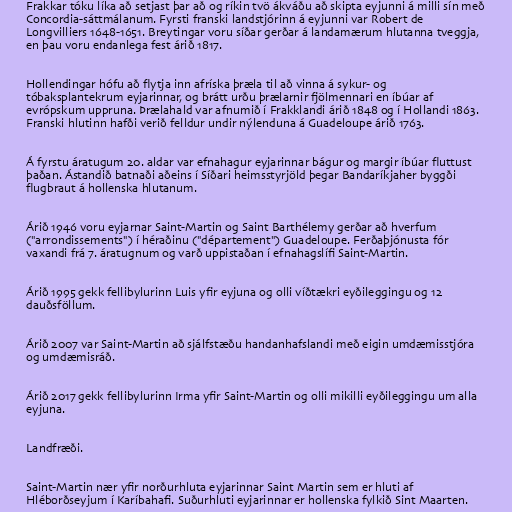
Frakkar tóku líka að setjast þar að og ríkin tvö ákváðu að skipta eyjunni á milli sín með
Concordia-sáttmálanum. Fyrsti franski landstjórinn á eyjunni var Robert de
Longvilliers 1648-1651. Breytingar voru síðar gerðar á landamærum hlutanna tveggja,
en þau voru endanlega fest árið 1817.

Hollendingar hófu að flytja inn afríska þræla til að vinna á sykur- og
tóbaksplantekrum eyjarinnar, og brátt urðu þrælarnir fjölmennari en íbúar af
evrópskum uppruna. Þrælahald var afnumið í Frakklandi árið 1848 og í Hollandi 1863.
Franski hlutinn hafði verið felldur undir nýlenduna á Guadeloupe árið 1763.

Á fyrstu áratugum 20. aldar var efnahagur eyjarinnar bágur og margir íbúar fluttust
þaðan. Ástandið batnaði aðeins í Síðari heimsstyrjöld þegar Bandaríkjaher byggði
flugbraut á hollenska hlutanum.

Árið 1946 voru eyjarnar Saint-Martin og Saint Barthélemy gerðar að hverfum
("arrondissements") í héraðinu ("département") Guadeloupe. Ferðaþjónusta fór
vaxandi frá 7. áratugnum og varð uppistaðan í efnahagslífi Saint-Martin.

Árið 1995 gekk fellibylurinn Luis yfir eyjuna og olli víðtækri eyðileggingu og 12
dauðsföllum.

Árið 2007 var Saint-Martin að sjálfstæðu handanhafslandi með eigin umdæmisstjóra
og umdæmisráð.

Árið 2017 gekk fellibylurinn Irma yfir Saint-Martin og olli mikilli eyðileggingu um alla
eyjuna.

Landfræði.

Saint-Martin nær yfir norðurhluta eyjarinnar Saint Martin sem er hluti af
Hléborðseyjum í Karíbahafi. Suðurhluti eyjarinnar er hollenska fylkið Sint Maarten.